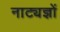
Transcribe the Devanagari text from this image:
नाट्यज्ञों